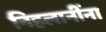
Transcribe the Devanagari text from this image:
निहलानींना